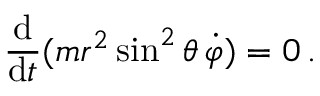
{ \frac { \mathrm { d } } { \mathrm { d } t } } ( m r ^ { 2 } \sin ^ { 2 } \theta \, { \dot { \varphi } } ) = 0 \, .